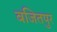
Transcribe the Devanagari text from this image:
बजितपुर